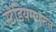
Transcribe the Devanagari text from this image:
स्टेडियमवरुन